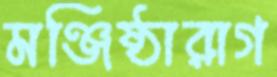
মঞ্জিষ্ঠারাগ